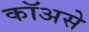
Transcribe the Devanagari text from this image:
कॉअसे